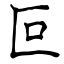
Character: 叵